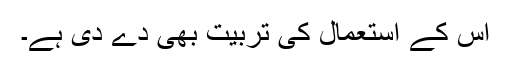
اس کے استعمال کی تربیت بھی دے دی ہے۔